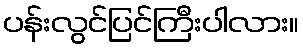
ပန်းလွင်ပြင်ကြီးပါလား။